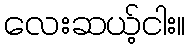
လေးဆယ့်ငါး။